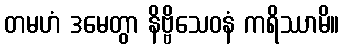
တမဟံ ဒမေတွာ နိဗ္ဗိသေဝနံ ကရိဿာမိ။